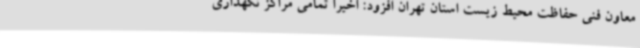
معاون فنی حفاظت محیط زیست استان تهران افزود: اخیرا تمامی مراکز نگهداری